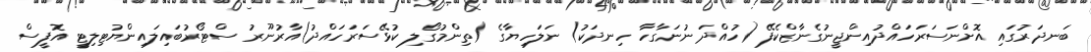
ބަނދަރުގައި އޮށްނަސަރަހައްދުއިންޖީނުގެނާޒްކެފޭ (ހުއްދަ ނުނަގާހާ ހިނދަކު) ނަލަހިޔާގެ (ތިންމުގޯލި ކުޅޭސަރަހައްދު)އާރުނޫރު ސްޓޯރުބައިލައިންޔުޓިލިޓީ އޮފީސް